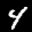
Label: 4